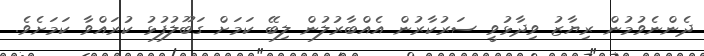
ދެންނެވުމުން ރިޔާޒު ވިދާޅުވީ ސަރުކާރުން އެއްބާރުލުން ލިބޭ ކަމަށް ގަބޫލުފުޅު ކުރައްވާ ކަމަށެވެ.